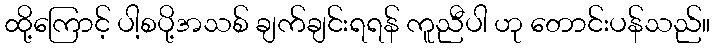
ထို့ကြောင့် ပါ့စပို့အသစ် ချက်ချင်းရရန် ကူညီပါ ဟု တောင်းပန်သည်။